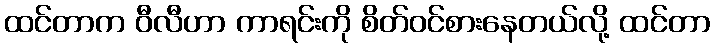
ထင်တာက ဝီလီဟာ ကာရင်းကို စိတ်ဝင်စားနေတယ်လို့ ထင်တာ